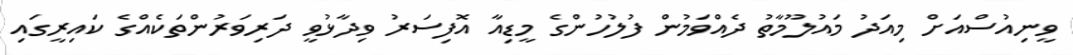
ވީނިއުސްއަށް މިއަދު މައުލޫމާތު ދެއްވަމުން ފުލުހުންގެ މީޑިއާ އޮފިސަރު ވިދާޅުވީ ދަރިވަރުންތަކެއްގެ ކައިރީގައި